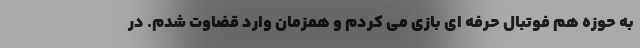
به حوزه هم فوتبال حرفه ای بازی می کردم و همزمان وارد قضاوت شدم. در